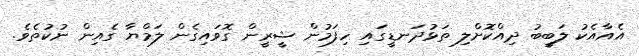
އެއާއެކު ލަބީބު ދިއްކޮށްލި ތަޅުދަނޑީގައި ހިފަމުން ޝީރީން ގޮވައިގެން ލަމްޔާ ގެއިން ނުކުތެވެ.